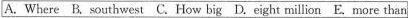
A.Where B. Southwest C.How big D.Eight million E.More than